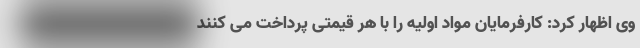
وی اظهار کرد: کارفرمایان مواد اولیه را با هر قیمتی پرداخت می کنند